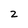
Character: 2